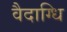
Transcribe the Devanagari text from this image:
वैदाग्धि